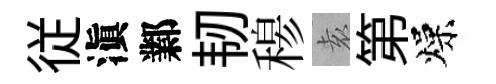
従滇鄴韧𥠇𡊮第燥